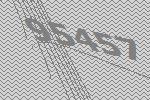
95457